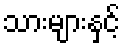
သားများနှင့်